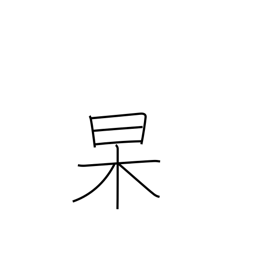
Meaning: clear